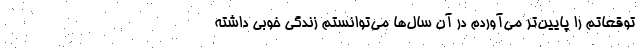
توقعاتم را پایین‌تر می‌آوردم در آن سال‌ها می‌توانستم زندگی خوبی داشته